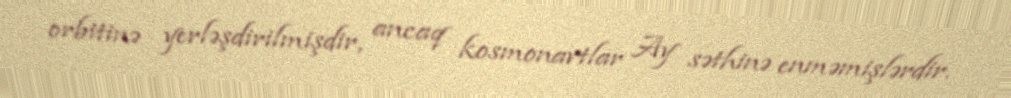
orbitinə yerləşdirilmişdir, ancaq kosmonavtlar Ay səthinə enməmişlərdir.